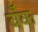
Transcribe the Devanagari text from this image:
बॅँक